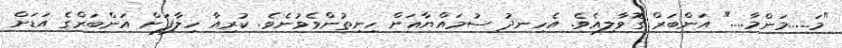
"މަ.....މަންމާ...." އަންބަރް ގޮވާލިއެވެ. އެހިނދު ސުމައްޔާއަށް ހިނިތުންވެވުނެވެ. ކުރިއާ ހިލާފަށް އަންބަރްގެ އަޑަށް